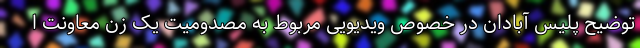
توضیح پلیس آبادان در خصوص ویدیویی مربوط به مصدومیت یک زن معاونت ا